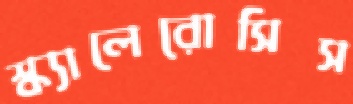
স্ক্যালেরোসিস